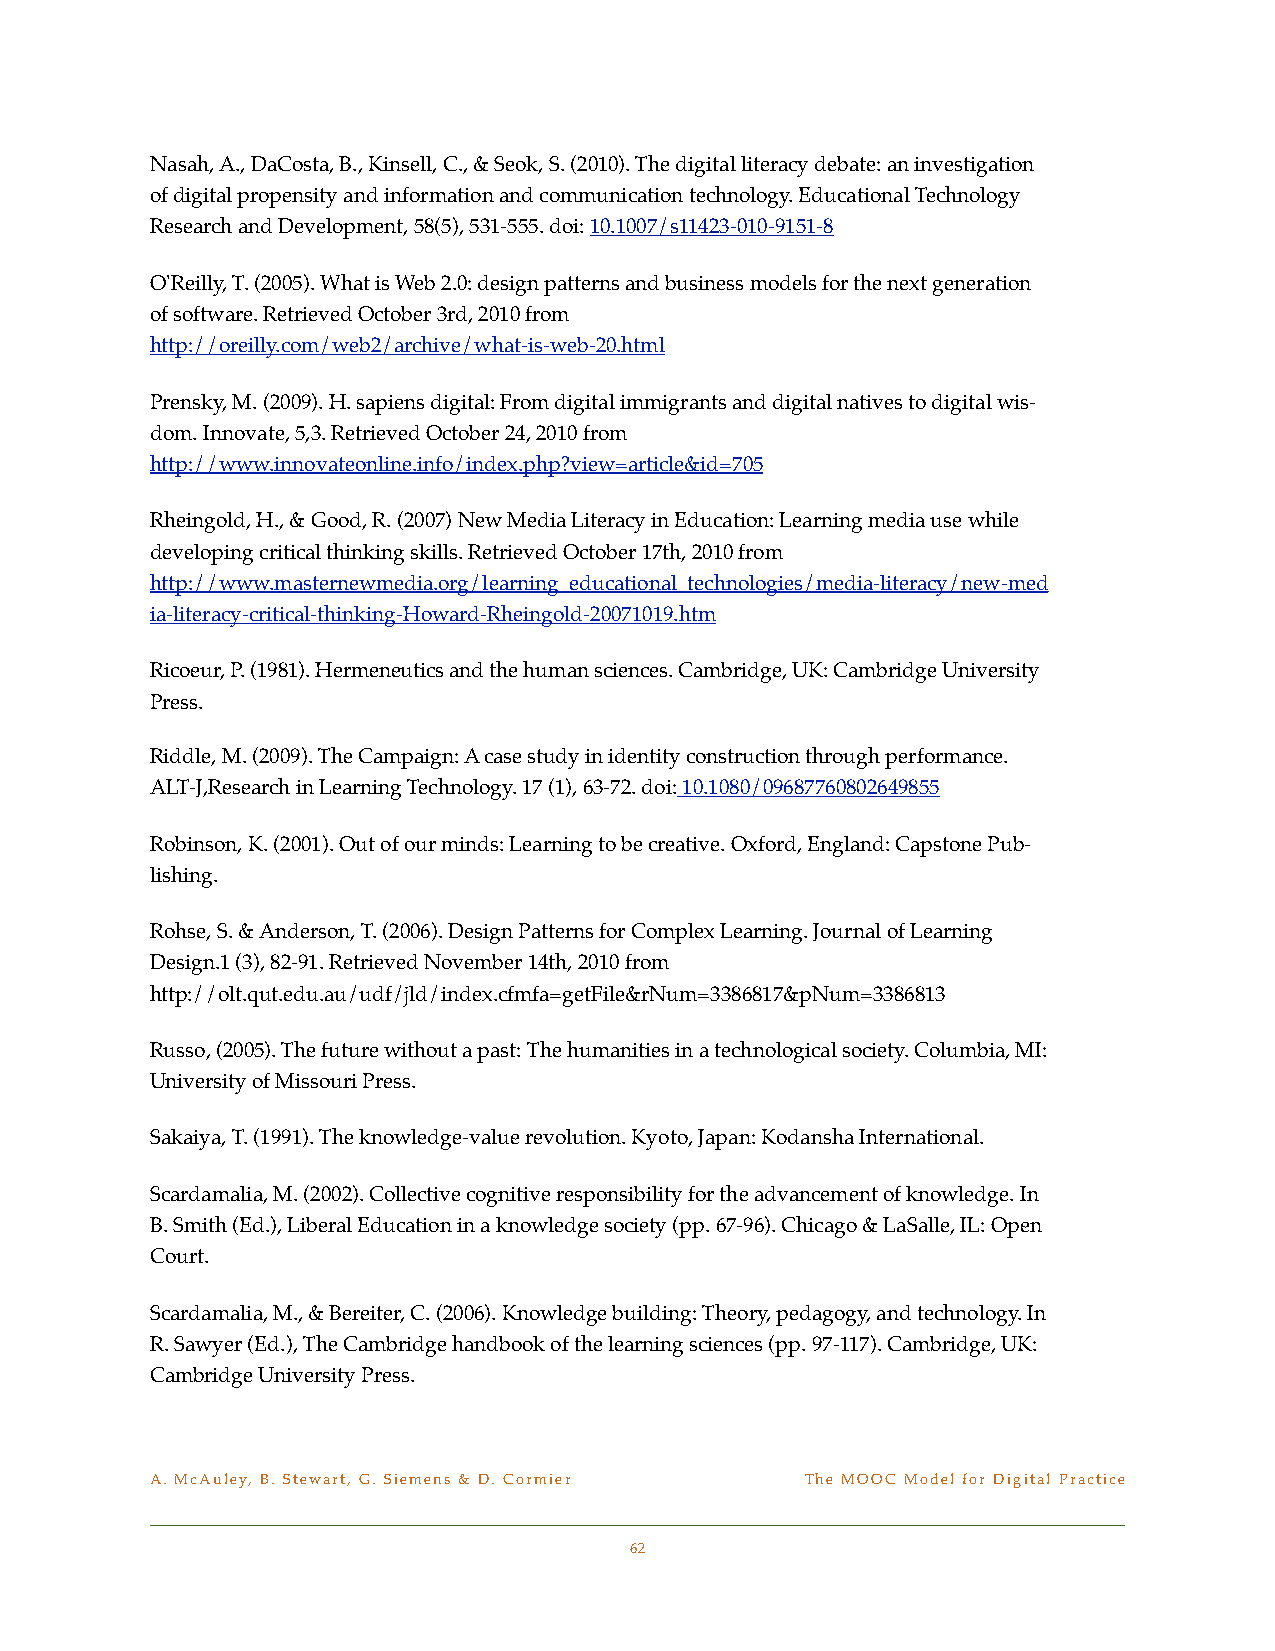
Nasah, A., DaCosta, B., Kinsell, C., & Seok, S. (2010). The digital literacy debate: an investigation
 of digital propensity and information and communication technology. Educational Technology
 Research and Development, 58(5), 531-555. doi: 10.1007/s11423-010-9151-8
 O'Reilly, T. (2005). What is Web 2.0: design patterns and business models for the next generation
 of software. Retrieved October 3rd, 2010 from
 http://oreilly.com/web2/archive/what-is-web-20.html
 Prensky, M. (2009). H. sapiens digital: From digital immigrants and digital natives to digital wis-
 dom. Innovate, 5,3. Retrieved October 24, 2010 from
 http://www.innovateonline.info/index.php?view=article&id=705
 Rheingold, H., & Good, R. (2007) New Media Literacy in Education: Learning media use while
 developing critical thinking skills. Retrieved October 17th, 2010 from
 http://www.masternewmedia.org/learning_educational_technologies/media-literacy/new-med
 ia-literacy-critical-thinking-Howard-Rheingold-20071019.htm
 Ricoeur, P. (1981). Hermeneutics and the human sciences. Cambridge, UK: Cambridge University !
 Press.
 Riddle, M. (2009). The Campaign: A case study in identity construction through performance.
 ALT-J,Research in Learning Technology. 17 (1), 63-72. doi: 10.1080/09687760802649855
 Robinson, K. (2001). Out of our minds: Learning to be creative. Oxford, England: Capstone Pub-
 lishing.
 Rohse, S. & Anderson, T. (2006). Design Patterns for Complex Learning. Journal of Learning
 Design.1 (3), 82-91. Retrieved November 14th, 2010 from
 http://olt.qut.edu.au/udf/jld/index.cfmfa=getFile&rNum=3386817&pNum=3386813
 Russo, (2005). The future without a past: The humanities in a technological society. Columbia, MI:
 University of Missouri Press.
 Sakaiya, T. (1991). The knowledge-value revolution. Kyoto, Japan: Kodansha International.
 Scardamalia, M. (2002). Collective cognitive responsibility for the advancement of knowledge. In
 B. Smith (Ed.), Liberal Education in a knowledge society (pp. 67-96). Chicago & LaSalle, IL: Open
 Court.
 Scardamalia, M., & Bereiter, C. (2006). Knowledge building: Theory, pedagogy, and technology. In
 R. Sawyer (Ed.), The Cambridge handbook of the learning sciences (pp. 97-117). Cambridge, UK:
 Cambridge University Press.
 A. McAuley, B. Stewart, G. Siemens & D. Cormier! The MOOC Model for Digital Practice
 62